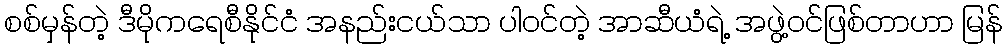
စစ်မှန်တဲ့ ဒီမိုကရေစီနိုင်ငံ အနည်းငယ်သာ ပါဝင်တဲ့ အာဆီယံရဲ့ အဖွဲ့ဝင်ဖြစ်တာဟာ မြန်